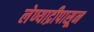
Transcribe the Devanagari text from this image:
लेण्याद्रीपासून